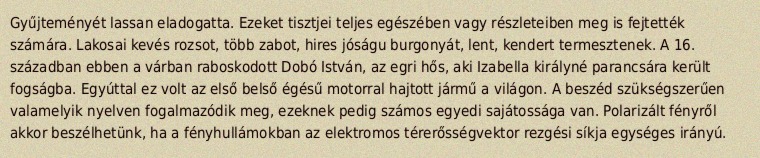
Gyűjteményét lassan eladogatta. Ezeket tisztjei teljes egészében vagy részleteiben meg is fejtették számára. Lakosai kevés rozsot, több zabot, hires jóságu burgonyát, lent, kendert termesztenek. A 16. században ebben a várban raboskodott Dobó István, az egri hős, aki Izabella királyné parancsára került fogságba. Egyúttal ez volt az első belső égésű motorral hajtott jármű a világon. A beszéd szükségszerűen valamelyik nyelven fogalmazódik meg, ezeknek pedig számos egyedi sajátossága van. Polarizált fényről akkor beszélhetünk, ha a fényhullámokban az elektromos térerősségvektor rezgési síkja egységes irányú.